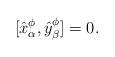
LaTeX: \begin{align*}[\hat{x}^\phi_\alpha,\hat{y}^\phi_\beta] = 0.\end{align*}